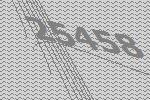
25458